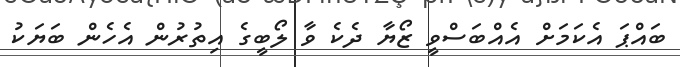
ބައްޕަ އެކަމަށް އެއްބަސްވީ ޒޯޔާ ދެކެ ވާ ލޯބީގެ އިތުރުން އެހެން ބަޔަކު